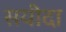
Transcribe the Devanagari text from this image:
सयीदा